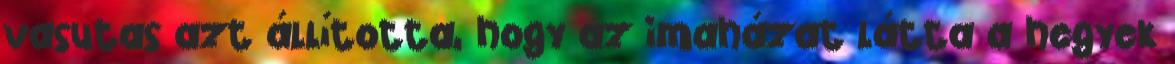
vasutas azt állította, hogy az imaházat látta a hegyek